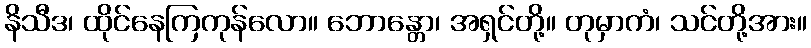
နိသီဒ၊ ထိုင်နေကြကုန်လော။ ဘောန္တော၊ အရှင်တို့။ တုမှာကံ၊ သင်တို့အား။